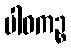
ပါဝကဉ္စ